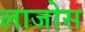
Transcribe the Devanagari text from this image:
लाजोस